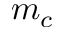
m _ { c }